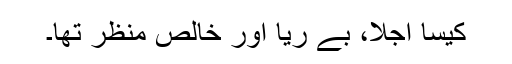
کیسا اجلا، بے ریا اور خالص منظر تھا۔